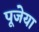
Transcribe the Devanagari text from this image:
पूजेया